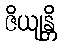
ဇိယျန္တိ